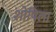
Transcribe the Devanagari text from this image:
शोषिला